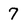
Character: 7